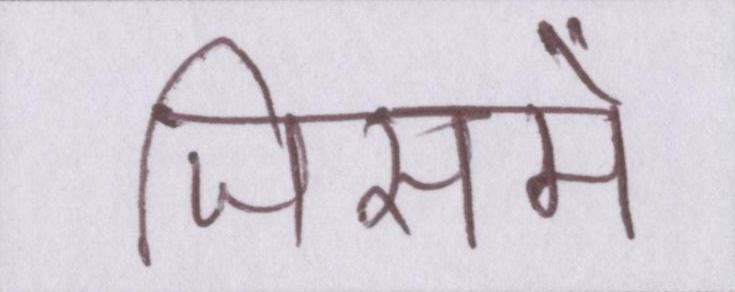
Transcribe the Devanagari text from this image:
जिसमें